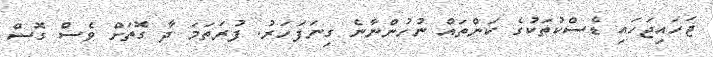
ޖަހައިޖަހައި ޑެސްކުތަކުގެ ކަންތައް ނުހުންނާނެ ގިނަފަހަރު. ފުރަތަމަ ދާ ގޮތަށް ވެސް ގޮސް